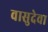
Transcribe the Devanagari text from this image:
वासुदेवा